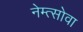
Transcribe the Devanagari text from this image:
नेम्त्सोवा